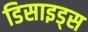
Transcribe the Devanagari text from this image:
डिसाइड्स